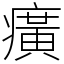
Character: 癀